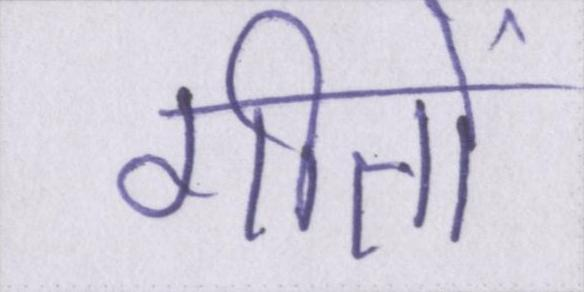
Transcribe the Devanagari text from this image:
गीतों